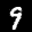
Label: 9